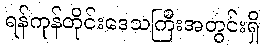
ရန်ကုန်တိုင်းဒေသကြီးအတွင်းရှိ